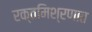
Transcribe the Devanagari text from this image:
रक्तमिश्रणात